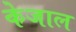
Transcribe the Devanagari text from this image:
केजाल